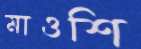
মাওশি